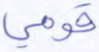
قومي